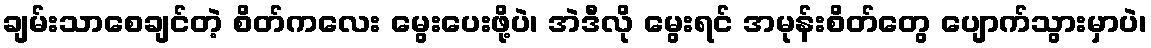
ချမ်းသာစေချင်တဲ့ စိတ်ကလေး မွေးပေးဖို့ပဲ၊ အဲဒီလို မွေးရင် အမုန်းစိတ်တွေ ပျောက်သွားမှာပဲ၊